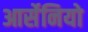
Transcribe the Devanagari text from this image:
आर्सेनियो